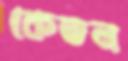
কেতন